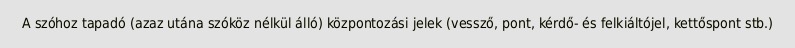
A szóhoz tapadó (azaz utána szóköz nélkül álló) központozási jelek (vessző, pont, kérdő- és felkiáltójel, kettőspont stb.)